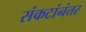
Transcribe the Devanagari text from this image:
संकटांनंतर